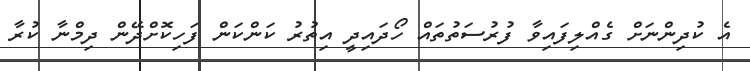
އެ ކުދިންނަށް ގެއްލިފައިވާ ފުރުސަތުތައް ހޯދައިދީ އިތުރު ކަންކަން ފަހިކޮށްދޭން ދިމްނާ ކުރާ